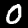
Label: 0